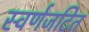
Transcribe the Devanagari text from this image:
स्वर्णजटित